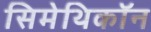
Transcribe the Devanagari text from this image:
सिमेथिकॉन